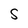
Character: S